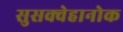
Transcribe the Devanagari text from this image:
सुसक्वेहानोक